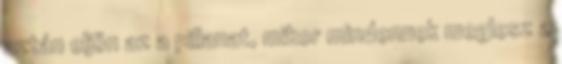
aztán eljön az a pillanat, mikor mindennek meglesz a